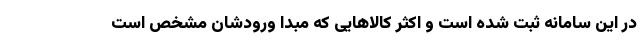
در این سامانه ثبت شده است و اکثر کالاهایی که مبدا ورودشان مشخص است